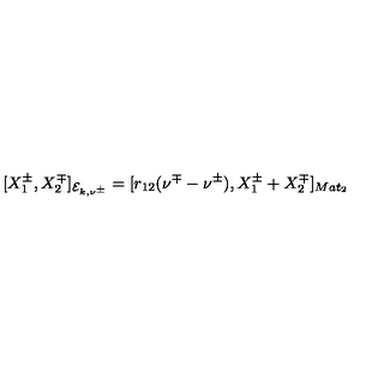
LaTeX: [ X _ { 1 } ^ { \pm } , X _ { 2 } ^ { \mp } ] _ { { \cal E } _ { k , \nu ^ { \pm } } } = [ r _ { 1 2 } ( \nu ^ { \mp } - \nu ^ { \pm } ) , X _ { 1 } ^ { \pm } + X _ { 2 } ^ { \mp } ] _ { M a t _ { 2 } }